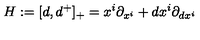
H : = [ d , d ^ { + } ] _ { + } = x ^ { i } \partial _ { x ^ { i } } + d x ^ { i } \partial _ { d x ^ { i } }